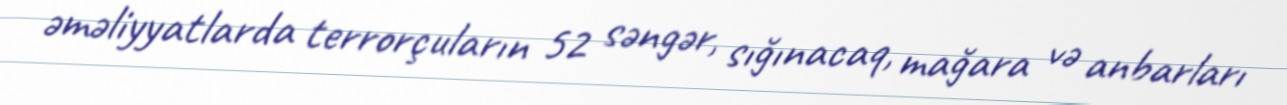
əməliyyatlarda terrorçuların 52 səngər, sığınacaq, mağara və anbarları